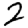
Digit: 2